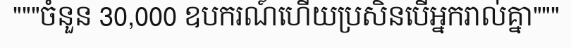
"""ចំនួន 30,000 ឧបករណ៍ហើយប្រសិនបើអ្នករាល់គ្នា"""